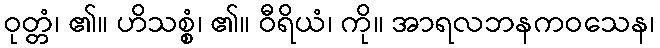
ဝုတ္တံ၊ ၏။ ဟိသစ္စံ၊ ၏။ ဝီရိယံ၊ ကို။ အာရလဘနကဝသေန၊